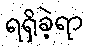
ရရှိခဲ့ရာ